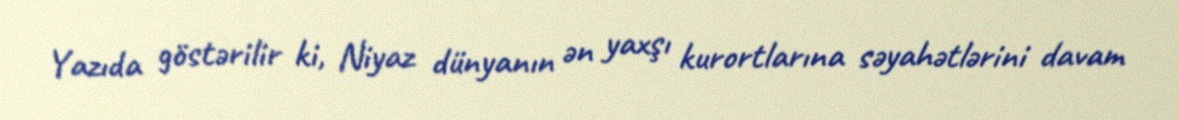
Yazıda göstərilir ki, Niyaz dünyanın ən yaxşı kurortlarına səyahətlərini davam